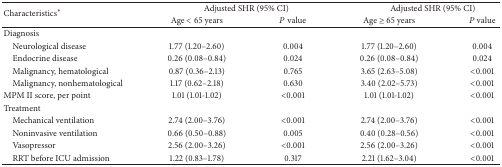
<table><thead><tr><td rowspan="2"><b>Characteristics<sup>*</sup></b></td><td colspan="2"><b>Adjusted SHR (95% CI)</b></td><td colspan="2"><b>Adjusted SHR (95% CI)</b></td></tr><tr><td><b>Age &lt; 65 years</b></td><td><b><i>P</i> value</b></td><td><b>Age ≥ 65 years</b></td><td><b><i>P</i> value</b></td></tr></thead><tbody><tr><td>Diagnosis </td><td> </td><td> </td><td> </td><td> </td></tr><tr><td> Neurological disease</td><td>1.77 (1.20–2.60)</td><td>0.004</td><td>1.77 (1.20–2.60)</td><td>0.004</td></tr><tr><td> Endocrine disease</td><td>0.26 (0.08–0.84)</td><td>0.024</td><td>0.26 (0.08–0.84)</td><td>0.024</td></tr><tr><td> Malignancy, hematological</td><td>0.87 (0.36–2.13)</td><td>0.765</td><td>3.65 (2.63–5.08)</td><td>&lt;0.001</td></tr><tr><td> Malignancy, nonhematological</td><td>1.17 (0.62–2.18)</td><td>0.630</td><td>3.40 (2.02–5.73)</td><td>&lt;0.001</td></tr><tr><td>MPM II score, per point</td><td>1.01 (1.01-1.02)</td><td>&lt;0.001</td><td>1.01 (1.01-1.02)</td><td>&lt;0.001</td></tr><tr><td>Treatment</td><td> </td><td> </td><td> </td><td> </td></tr><tr><td> Mechanical ventilation </td><td>2.74 (2.00–3.76)</td><td>&lt;0.001</td><td>2.74 (2.00–3.76)</td><td>&lt;0.001</td></tr><tr><td> Noninvasive ventilation</td><td>0.66 (0.50–0.88)</td><td>0.005</td><td>0.40 (0.28–0.56)</td><td>&lt;0.001</td></tr><tr><td> Vasopressor </td><td>2.56 (2.00–3.26)</td><td>&lt;0.001</td><td>2.56 (2.00–3.26)</td><td>&lt;0.001</td></tr><tr><td> RRT before ICU admission</td><td>1.22 (0.83–1.78)</td><td>0.317</td><td>2.21 (1.62–3.04)</td><td>&lt;0.001</td></tr></tbody></table>